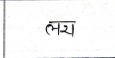
मजकूर: लय